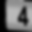
Digit: 4